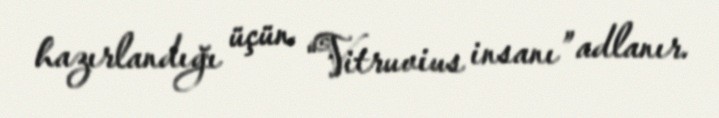
hazırlandığı üçün “Vitruvius insanı” adlanır.